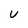
Character: U